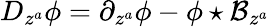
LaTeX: D_{z^{a}}\phi=\partial_{z^{a}}\phi-\phi\star\mathcal{B}_{z^{a}}